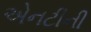
એનટીની